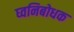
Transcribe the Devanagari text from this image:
घ्वनिबोधक